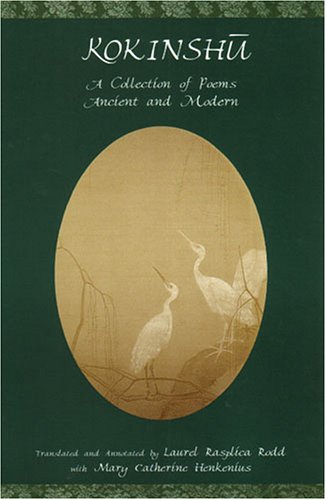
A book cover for Kokinshu: A Collection of Poems Ancient and Modern (C & T Asian Languages Series.); Literature & Fiction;